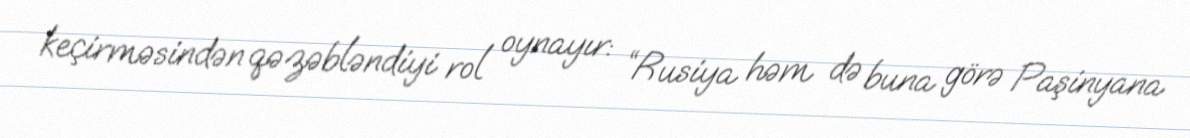
keçirməsindən qəzəbləndiyi rol oynayır: “Rusiya həm də buna görə Paşinyana